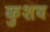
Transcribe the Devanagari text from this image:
कुशव